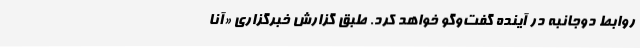
روابط دوجانبه در آینده گفت‌وگو خواهد کرد. طبق گزارش خبرگزاری «آنا